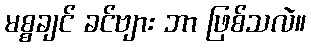
မစ္စချင် ခင်ဗျား ဘာ ဖြစ်သလဲ။